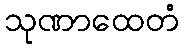
သုဏာထေတံ